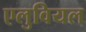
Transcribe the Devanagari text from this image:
एलुवियल